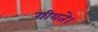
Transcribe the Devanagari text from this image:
गीयते।